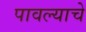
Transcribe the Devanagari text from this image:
पावल्याचे